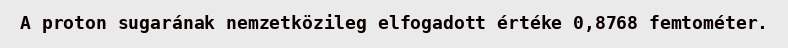
A proton sugarának nemzetközileg elfogadott értéke 0,8768 femtométer.